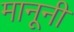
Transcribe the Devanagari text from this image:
मानूनी